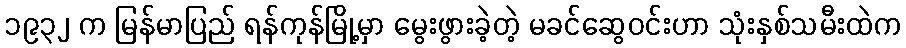
၁၉၃၂ က မြန်မာပြည် ရန်ကုန်မြို့မှာ မွေးဖွားခဲ့တဲ့ မခင်ဆွေဝင်းဟာ သုံးနှစ်သမီးထဲက